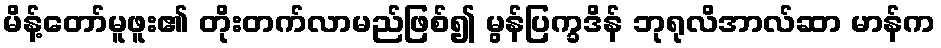
မိန့်တော်မူဖူး၏ တိုးတက်လာမည်ဖြစ်၍ မွန်ပြက္ခဒိန် ဘုရုလိအာလ်ဆာ မာန်က